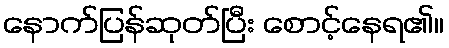
နောက်ပြန်ဆုတ်ပြီး စောင့်နေရ၏။